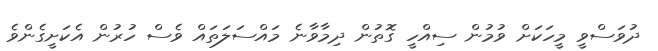
ދުވަސްވީ މީހަކަށް ވުމުން ސިއްހީ ގޮތުން ދިމާވާނެ މައްސަލަތައް ވެސް ހުރުން އެކަށީގެންވެ